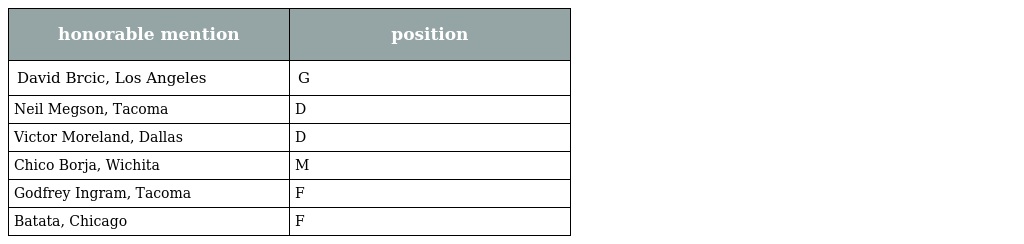
| honorable mention | position |
 | --- | --- |
 | David Brcic, Los Angeles | G |
 | Neil Megson, Tacoma | D |
 | Victor Moreland, Dallas | D |
 | Chico Borja, Wichita | M |
 | Godfrey Ingram, Tacoma | F |
 | Batata, Chicago | F |